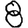
Digit: 8